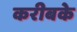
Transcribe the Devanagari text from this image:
करीबके